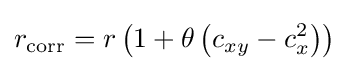
r_{\mathrm {corr} }=r\left(1+\theta \left(c_{xy}-c_{x}^{2}\right)\right)